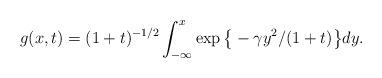
LaTeX: \begin{align*}g(x,t) = (1 + t)^{- {1}/{2}} \int_{-\infty}^x \exp\big\{- \gamma y ^2/(1 + t)\big\} dy.\end{align*}